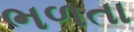
ભળતા